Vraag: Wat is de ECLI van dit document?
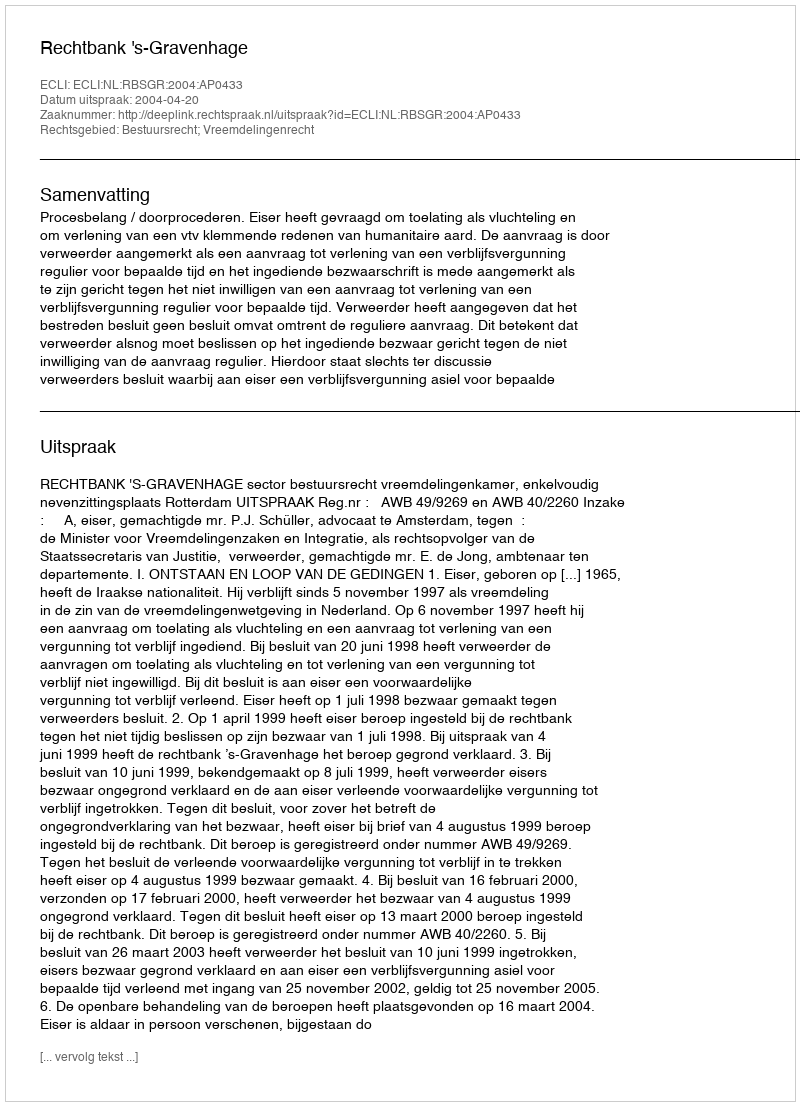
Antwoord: ECLI:NL:RBSGR:2004:AP0433